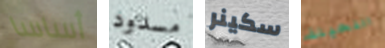
أساسا مسدود سكينر النحيلة